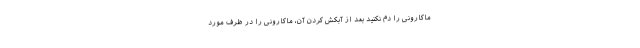
ماکارونی را دم نکنید بعد از آبکش کردن آن، ماکارونی را در ظرف مورد